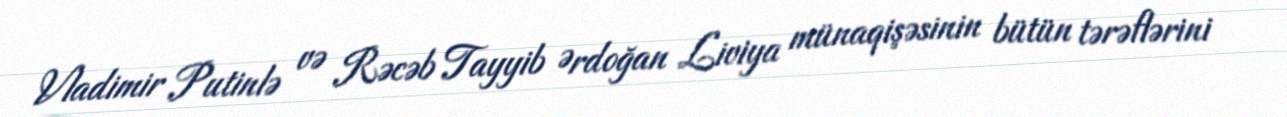
Vladimir Putinlə və Rəcəb Tayyib Ərdoğan Liviya münaqişəsinin bütün tərəflərini